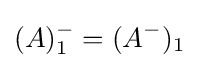
(A)_{1}^{-}=(A^{-})_{1}